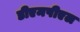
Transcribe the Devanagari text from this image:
डीएमपीएल